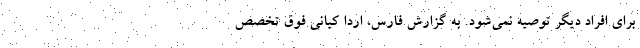
برای افراد دیگر توصیه نمی‌شود. به گزارش فارس، اردا کیانی فوق تخصص